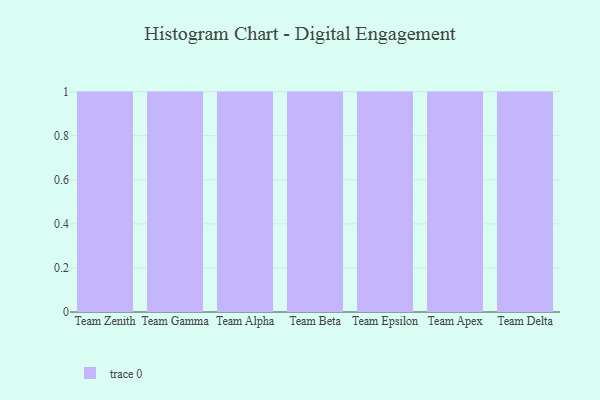
{"axis": {"x": "Team", "y": "Net Income (USD K)"}, "legend": [""], "data": [{"x": "Team Zenith", "y": 55, "type": ""}, {"x": "Team Gamma", "y": 30, "type": ""}, {"x": "Team Alpha", "y": 49, "type": ""}, {"x": "Team Beta", "y": 2, "type": ""}, {"x": "Team Epsilon", "y": 14, "type": ""}, {"x": "Team Apex", "y": 87, "type": ""}, {"x": "Team Delta", "y": 63, "type": ""}]}